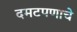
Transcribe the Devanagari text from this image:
दमटपणाचे